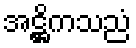
အဋ္ဌိကသညံ